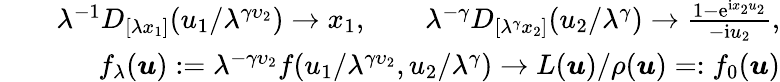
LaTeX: \begin{array}{rlr}&{}&{\lambda^{-1}D_{[\lambda x_{1}]}(u_{1}/\lambda^{\gamma\upsilon_{2}})\to x_{1},\qquad\lambda^{-\gamma}D_{[\lambda^{\gamma}x_{2}]}(u_{2}/\lambda^{\gamma})\to\frac{1-\mathrm e^{\mathrm ix_{2}u_{2}}}{-\mathrm iu_{2}},}\\ &{}&{f_{\lambda}(\boldsymbol{u}):=\lambda^{-\gamma\upsilon_{2}}f(u_{1}/\lambda^{\gamma\upsilon_{2}},u_{2}/\lambda^{\gamma})\to L(\boldsymbol{u})/\rho(\boldsymbol{u})=:f_{0}(\boldsymbol{u})}\end{array}